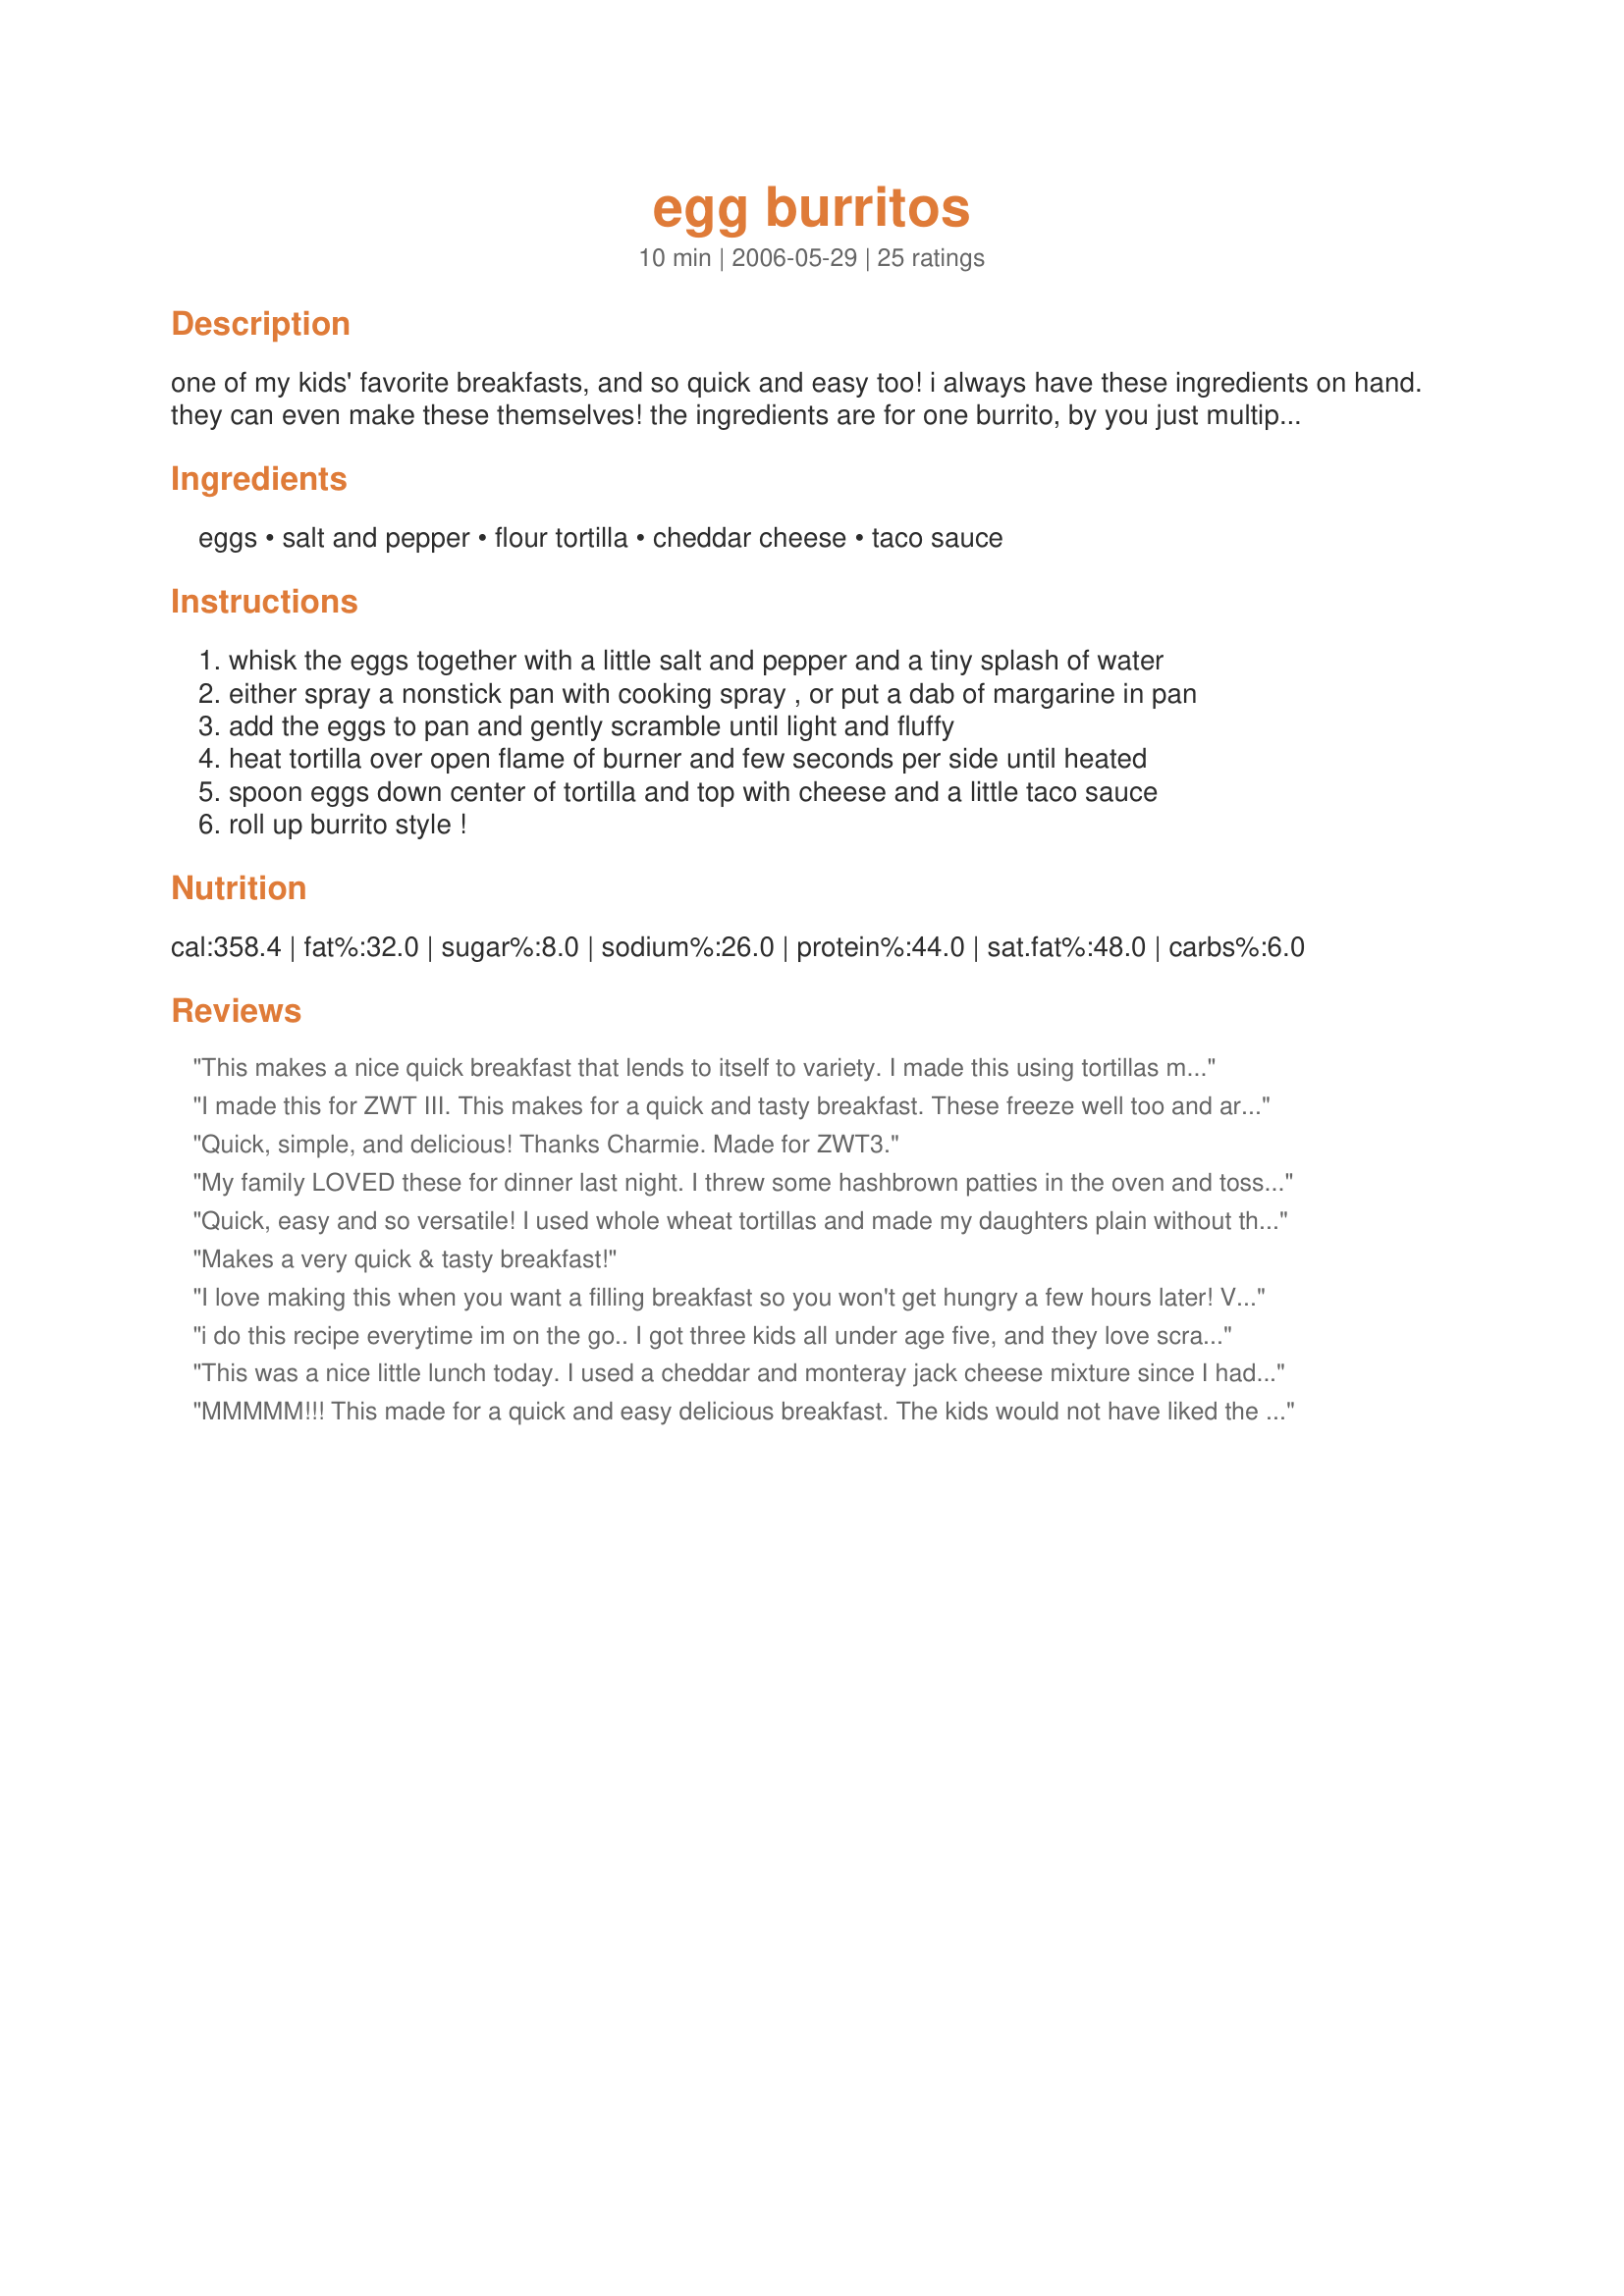
egg burritos
Preparation time: 10 minutes

one of my kids' favorite breakfasts, and so quick and easy too! i always have these ingredients on hand. they can even make these themselves! the ingredients are for one burrito, by you just multiply by how many servings you're making.

Ingredients:
eggs, salt and pepper, flour tortilla, cheddar cheese, taco sauce

Steps:
whisk the eggs together with a little salt and pepper and a tiny splash of water
either spray a nonstick pan with cooking spray , or put a dab of margarine in pan
add the eggs to pan and gently scramble until light and fluffy
heat tortilla over open flame of burner and few seconds per side until heated
spoon eggs down center of tortilla and top with cheese and a little taco sauce
roll up burrito style !

Reviews:
This makes a nice quick breakfast that lends to itself to variety. I made this using tortillas made from your recipe. I also added a little sausage when cooking the eggs. Great quick breakfast treat.
I made this for ZWT III. This makes for a quick and tasty breakfast. These freeze well too and are great for grabbing, microwaving and off you go. The only changes I made was to add a little chopped onion and green bell pepper to the eggs as they cooked. My grandkids like a dollop of sour cream added to their burritos. Thanks Charmie for sharing a very quick, easy and yummy recipe.
Quick, simple, and delicious! Thanks Charmie. Made for ZWT3.
My family LOVED these for dinner last night. I threw some hashbrown patties in the oven and tossed a bowl of fruit together to go with it. My boys asked me if I'd give them the recipe when they grow up. :)
Quick, easy and so versatile! I used whole wheat tortillas and made my daughters plain without the hot sauce, mine just as stated, and my husband's spread with spicy guacamole, and strips of left over steak. We all loved this! Breakfast was easily tailored to each of our wishes and on the table in minutes. Thanks for posting Charmie! :)
Makes a very quick & tasty breakfast!
I love making this when you want a filling breakfast so you won't get hungry a few hours later! Very fast and easy!
i do this recipe everytime im on the go.. I got three kids all under age five, and they love scrambled eggs and Expecially cheese! Its a great breakfast for them before they catch the bus to preschool. its awesome!
This was a nice little lunch today. I used a cheddar and monteray jack cheese mixture since I had some on hand. Very tasty. Made for Jammin' Java Jivers ZWT5
MMMMM!!! This made for a quick and easy delicious breakfast. The kids would not have liked the taco sauce so I made it just for me. I used a mixture of cheddar and monterey jack cheese and it was wonderful. It would probably be really good with pepperjack too. I made this for ZWT5 for the Cooks with Dirty Faces. Thanks for posting this great recipe!
Quick and simple! Made for a nice light lunch. I used a whole wheat tortilla and a mild, chunky salsa. Made for Recommend It Tag game. :)
I've been making these often for my DH since coming to Iceland & ZWT reminded me it was time for them again. I expanded your version by adding crisp bacon & fresh chives. Then I served w/fried potatoes & fruit on the side. DH was sure happy this morning! Thx for the reminder.
Buenos dias and gracias for this tasty way to mix up my usual breakfast. Normally, I have a bowl of cereal so this really was different in a good way. The only difference I made was to add in a bit of guacamole that I had left over from the night before and to use a cheddar and Monterrey jack combo for the cheese. Made for Chow Hounds on ZWT5.
This is great for on the run! No excuse to skip breakfast! Used salsa. Thanks for making the beginning of my Day!!!
this is how we make them too very good stuff dee
Yum! This made for a great, quick breakie. I added some finely chopped up pickled jalapeno peppers to mine but kept my 3 year olds as posted.
I cooked these up over the weekend and wrapped them in foil and put in the fridge. My boys took them out of the foil and popped them in the microwave for a quick and easy breakfast. I followed the recipe as written other then my boys wanted hot sauce instead of taco sauce on theirs!
Been making these for years. Can put ham, bacon, sausage. Anything
We make these quite often. Sometimes add some kind of meat (sausage, bacon, salami, whatever's in the fridge). My daughter love's them, too!
My daughter loves these.
You were right. Simple and very good. I like the use of taco sauce instead of ketchup. Nice change, thank you.
This was quick and easy to make and delcious to eat. Thanks!
I added diced ham to the eggs (VG). Not everyone used the salsa, but the whole family enjoyed the meal!!!
This makes a delicious and quick breakfast! I made it exactly as stated and it turned out great. My DH enjoyed his, too!
I make these all the time for a quick and easy breakfast on the run. These take just minutes to make and are great to take on the way to work or school. I love these and this is alot better than any breakfast sandwich at a fast food chain. Healthier too! Thanks for sharing.
